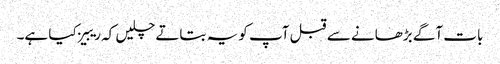
بات آگے بڑھانے سے قبل آپ کو یہ بتاتے چلیں کہ ریبیز کیا ہے۔